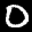
Label: 0